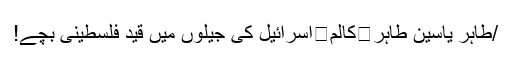
/طاہر یاسین طاہر	کالم	اسرائیل کی جیلوں میں قید فلسطینی بچے!